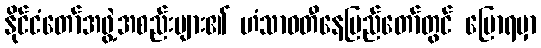
နိုင်ငံတော်အဖွဲ့အစည်းများ၏ ဟံသာဝတီနေပြည်တော်တွင် ပြောရမှာ